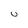
Character: 0